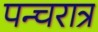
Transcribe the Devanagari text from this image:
पन्चरात्र